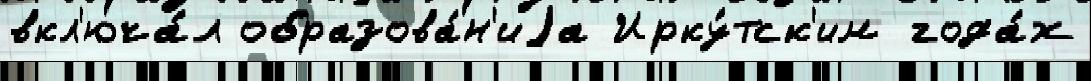
вкл'юча́л образова́н'иjа Ирку́тск'им года́х